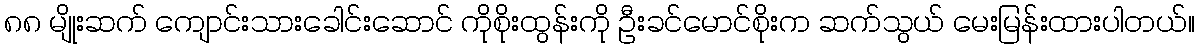
၈၈ မျိုးဆက် ကျောင်းသားခေါင်းဆောင် ကိုစိုးထွန်းကို ဦးခင်မောင်စိုးက ဆက်သွယ် မေးမြန်းထားပါတယ်။